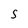
Character: S